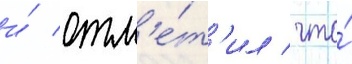
и́ отм'е́т'ил / что́